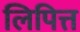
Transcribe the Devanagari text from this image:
लिपित्त